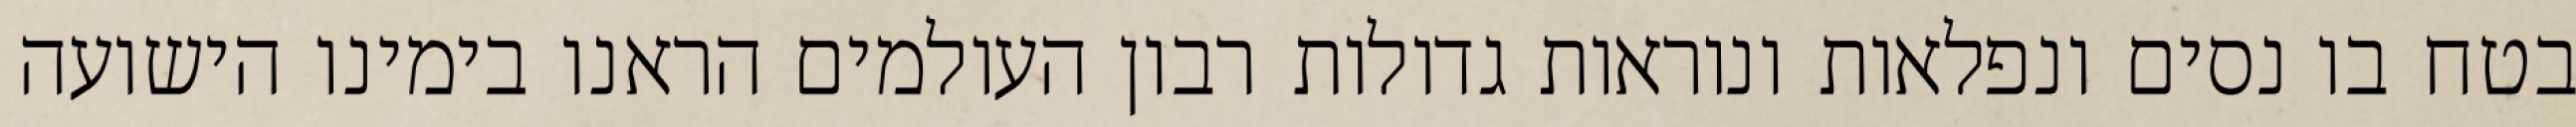
בטח בו נסים ונפלאות ונוראות גדולות רבון העולמים הראנו בימינו הישועה